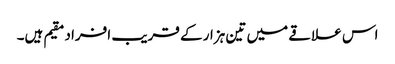
اس علاقے میں تین ہزار کے قریب افراد مقیم ہیں۔